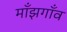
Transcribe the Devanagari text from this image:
माँझगाँव